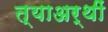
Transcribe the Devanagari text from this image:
त्याअर्थीं